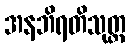
အနဘိရတိသုတ္တ